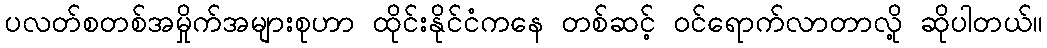
ပလတ်စတစ်အမှိုက်အများစုဟာ ထိုင်းနိုင်ငံကနေ တစ်ဆင့် ဝင်ရောက်လာတာလို့ ဆိုပါတယ်။